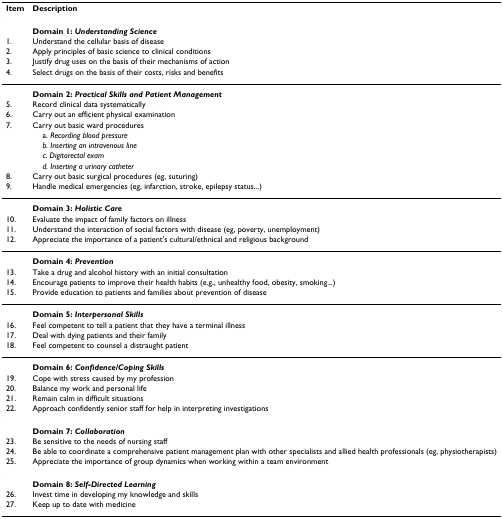
<table><thead><tr><td><b>Item</b></td><td><b>Description</b></td></tr></thead><tbody><tr><td></td><td><b>Domain 1: <i>Understanding Science</i></b></td></tr><tr><td>1.</td><td>Understand the cellular basis of disease</td></tr><tr><td>2.</td><td>Apply principles of basic science to clinical conditions</td></tr><tr><td>3.</td><td>Justify drug uses on the basis of their mechanisms of action</td></tr><tr><td>4.</td><td>Select drugs on the basis of their costs, risks and benefits</td></tr><tr><td></td><td><b>Domain 2: <i>Practical Skills and Patient Management</i></b></td></tr><tr><td>5.</td><td>Record clinical data systematically</td></tr><tr><td>6.</td><td>Carry out an efficient physical examination</td></tr><tr><td>7.</td><td>Carry out basic ward procedures</td></tr><tr><td></td><td> a. <i>Recording blood pressure</i></td></tr><tr><td></td><td> <i>b. Inserting an intravenous line</i></td></tr><tr><td></td><td> <i>c. Digitorectal exam</i></td></tr><tr><td></td><td> <i>d. Inserting a urinary catheter</i></td></tr><tr><td>8.</td><td>Carry out basic surgical procedures (eg, suturing)</td></tr><tr><td>9.</td><td>Handle medical emergencies (eg, infarction, stroke, epilepsy status...)</td></tr><tr><td></td><td><b>Domain 3: <i>Holistic Care</i></b></td></tr><tr><td>10.</td><td>Evaluate the impact of family factors on illness</td></tr><tr><td>11.</td><td>Understand the interaction of social factors with disease (eg, poverty, unemployment)</td></tr><tr><td>12.</td><td>Appreciate the importance of a patient&#x27;s cultural/ethnical and religious background</td></tr><tr><td></td><td><b>Domain 4: <i>Prevention</i></b></td></tr><tr><td>13.</td><td>Take a drug and alcohol history with an initial consultation</td></tr><tr><td>14.</td><td>Encourage patients to improve their health habits (e.g., unhealthy food, obesity, smoking...)</td></tr><tr><td>15.</td><td>Provide education to patients and families about prevention of disease</td></tr><tr><td></td><td><b>Domain 5: <i>Interpersonal Skills</i></b></td></tr><tr><td>16.</td><td>Feel competent to tell a patient that they have a terminal illness</td></tr><tr><td>17.</td><td>Deal with dying patients and their family</td></tr><tr><td>18.</td><td>Feel competent to counsel a distraught patient</td></tr><tr><td></td><td><b>Domain 6: <i>Confidence/Coping Skills</i></b></td></tr><tr><td>19.</td><td>Cope with stress caused by my profession</td></tr><tr><td>20.</td><td>Balance my work and personal life</td></tr><tr><td>21.</td><td>Remain calm in difficult situations</td></tr><tr><td>22.</td><td>Approach confidently senior staff for help in interpreting investigations</td></tr><tr><td></td><td><b>Domain 7: <i>Collaboration</i></b></td></tr><tr><td>23.</td><td>Be sensitive to the needs of nursing staff</td></tr><tr><td>24.</td><td>Be able to coordinate a comprehensive patient management plan with other specialists and allied health professionals (eg, physiotherapists)</td></tr><tr><td>25.</td><td>Appreciate the importance of group dynamics when working within a team environment</td></tr><tr><td></td><td><b>Domain 8: <i>Self-Directed Learning</i></b></td></tr><tr><td>26.</td><td>Invest time in developing my knowledge and skills</td></tr><tr><td>27.</td><td>Keep up to date with medicine</td></tr></tbody></table>